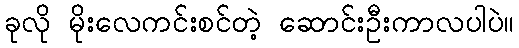
ခုလို မိုးလေကင်းစင်တဲ့ ဆောင်းဦးကာလပါပဲ။